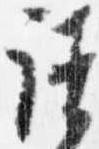
請